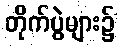
တိုက်ပွဲများ၌